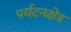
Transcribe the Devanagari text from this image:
पर्यटनक्षेत्र